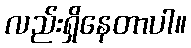
လည်းရှိနေတာပါ။